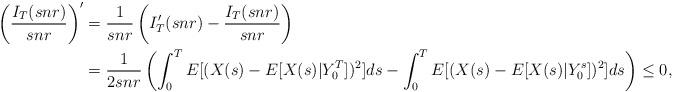
LaTeX: \begin{align*}\left(\frac{I_T(snr)}{snr}\right)' &=\frac{1}{snr}\left(I'_T(snr)-\frac{I_T(snr)}{snr}\right) \\&=\frac{1}{2 snr} \left(\int_0^T E[(X(s)-E[X(s)|Y_0^T])^2] ds-\int_0^T E[(X(s)-E[X(s)|Y_0^s])^2] ds \right) \leq 0,\end{align*}